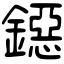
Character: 鐚